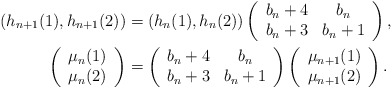
\begin{align*}\left(h_{n+1}(1), h_{n+1}(2)\right) & =\left(h_{n}(1),h_{n}(2)\right)\left(\begin{array}{cc}b_n+4 & b_n\\b_n+3 & b_n+1\end{array}\right), \\\left(\begin{array}{c}\mu_{n}(1) \\ \mu_{n}(2)\end{array}\right) & =\left(\begin{array}{cc}b_n+4 & b_n\\b_n + 3& b_n + 1\end{array}\right)\left(\begin{array}{c}\mu_{n+1}(1) \\ \mu_{n+1}(2)\end{array}\right). \end{align*}